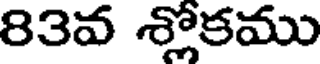
83వ శ్లోకము